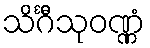
သိင်္ဂီသုဝဏ္ဏံ